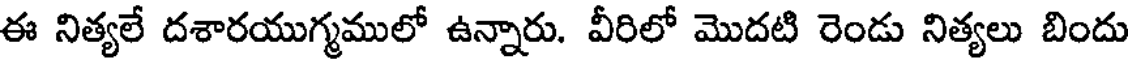
ఈ నిత్యలే దశారయుగ్మములో ఉన్నారు. వీరిలో మొదటి రెండు నిత్యలు బిందు